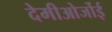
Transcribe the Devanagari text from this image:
देमीओर्जोई